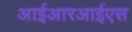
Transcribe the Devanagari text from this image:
आईआरआईएस